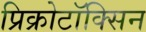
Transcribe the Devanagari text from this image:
प्रिक्रोटॉक्सिन